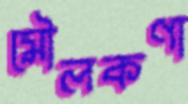
মৌলকণা